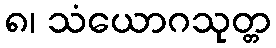
၈၊ သံယောဂသုတ္တ